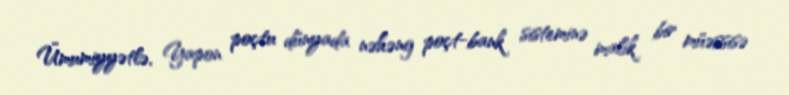
Ümumiyyətlə, Yapon poçtu dünyada nəhəng poçt-bank sisteminə malik bir müəssisə